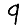
Digit: 9